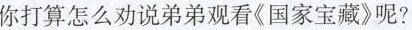
你打算怎么劝说弟弟观看《国家宝藏》呢?